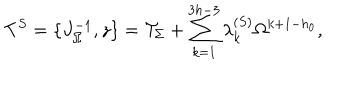
T ^ { S } = \{ J _ { \Omega } ^ { - 1 } , z \} = { \cal T } _ { \Sigma } + \sum _ { k = 1 } ^ { 3 h - 3 } \lambda _ { k } ^ { ( S ) } \Omega ^ { k + 1 - h _ { 0 } } ,